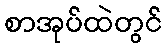
စာအုပ်ထဲတွင်